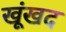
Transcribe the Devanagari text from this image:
खूंखद